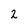
Character: 2